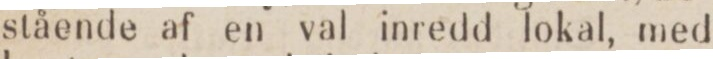
stående af en val inredd lokal, med